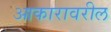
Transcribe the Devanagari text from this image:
आकारावरील